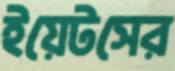
ইয়েটসের